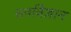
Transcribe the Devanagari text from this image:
धनविज्ञान